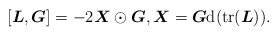
\begin{align*} [\boldsymbol{L},\boldsymbol{G}]=-2 \boldsymbol{X} \odot \boldsymbol{G}, \boldsymbol{X}=\boldsymbol{G} \mathrm{d} (\operatorname{tr}(\boldsymbol{L}) ) .\end{align*}